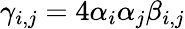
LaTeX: \gamma_{i,j}=4\alpha_{i}\alpha_{j}\beta_{i,j}